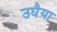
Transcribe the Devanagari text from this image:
उघैया